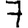
Digit: 7